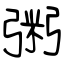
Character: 粥